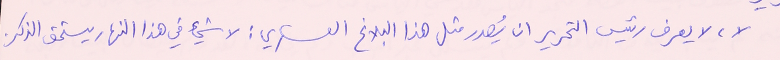
لا، لا يعرف رئيس التحرير ان يُصدر مثل هذا البلاغ العسكري : لا شيء في هذا النهار يستحق الذكر.